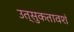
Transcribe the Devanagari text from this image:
उत्‍सुकतावशं